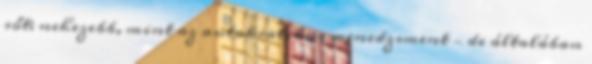
sőt; nehezebb, mint az autokratikus menedzsment — de általában